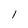
Character: l